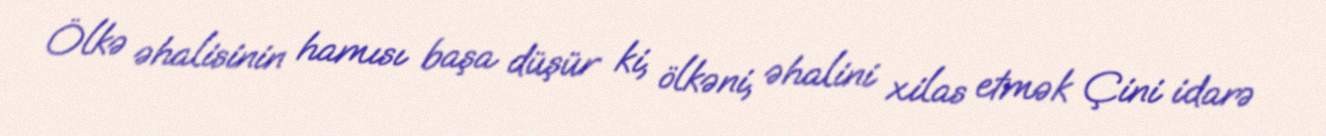
Ölkə əhalisinin hamısı başa düşür ki, ölkəni, əhalini xilas etmək Çini idarə